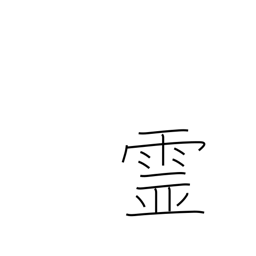
Meaning: spirits